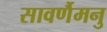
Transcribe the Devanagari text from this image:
सावर्णैमनु